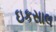
ઇકસાલ